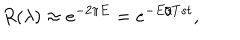
R ( \lambda ) \approx e ^ { - 2 \pi E } = e ^ { - E / T s t } ,